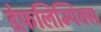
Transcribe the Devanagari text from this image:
डेफ़लिम्पिक्स